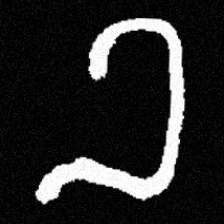
Pyu character \u2014 Myanmar letter: ခ (romanized: kha)